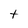
Character: t